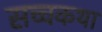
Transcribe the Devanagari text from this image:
सच्चकथा